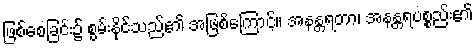
ဖြစ်စေခြင်း၌ စွမ်းနိုင်သည်၏ အဖြစ်ကြောင့်။ အနန္တရတာ၊ အနန္တရပစ္စည်း၏